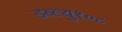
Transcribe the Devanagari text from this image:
डब्ल्यु१०८